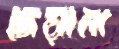
দেয়ালা